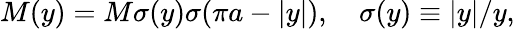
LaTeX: M(y)=M\sigma(y)\sigma(\pi a-|y|),\quad\sigma(y)\equiv|y|/y,